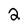
Character: 2